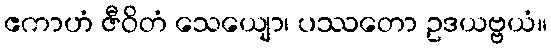
ဧကာဟံ ဇီဝိတံ သေယျော၊ ပဿတော ဥဒယဗ္ဗယံ။